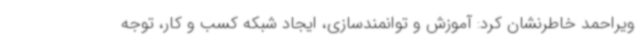
ویراحمد خاطرنشان کرد: آموزش و توانمندسازی، ایجاد شبکه کسب و کار، توجه